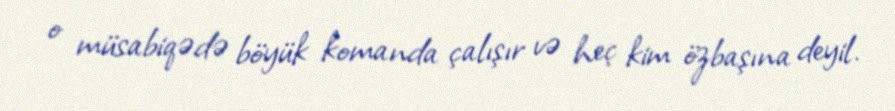
o müsabiqədə böyük komanda çalışır və heç kim özbaşına deyil.